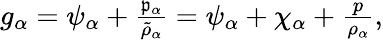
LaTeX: \begin{array}{r}{g_{\alpha}=\psi_{\alpha}+\frac{\mathfrak{p}_{\alpha}}{\tilde{\rho}_{\alpha}}=\psi_{\alpha}+\chi_{\alpha}+\frac{p}{\rho_{\alpha}},}\end{array}